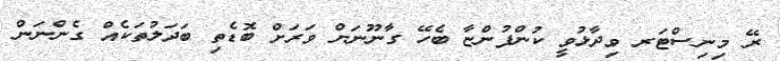
ރޭ މިނިސްޓަރ ވިދާޅުވީ ކުންފުންޏާ ބެހޭ ގާނޫނަށް ވަރަށް ބޮޑެތި ބަދަލުތަކެއް ގެންނަން